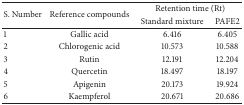
<table><thead><tr><td rowspan="2"><b>S. Number</b></td><td rowspan="2"><b>Reference compounds</b></td><td colspan="2"><b>Retention time (Rt)</b></td></tr><tr><td><b>Standard mixture</b></td><td><b>PAFE2</b></td></tr></thead><tbody><tr><td>1</td><td>Gallic acid</td><td>6.416</td><td>6.405</td></tr><tr><td>2</td><td>Chlorogenic acid</td><td>10.573</td><td>10.588</td></tr><tr><td>3</td><td>Rutin</td><td>12.191</td><td>12.204</td></tr><tr><td>4</td><td>Quercetin</td><td>18.497</td><td>18.197</td></tr><tr><td>5</td><td>Apigenin</td><td>20.173</td><td>19.924</td></tr><tr><td>6</td><td>Kaempferol</td><td>20.671</td><td>20.686</td></tr></tbody></table>